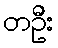
တဦး